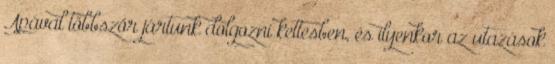
Apával többször jártunk dolgozni kettesben, és ilyenkor az utazások